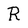
Character: R